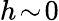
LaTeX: h\! \sim\! 0